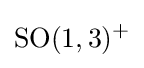
{\text{SO}}(1,3)^{+}